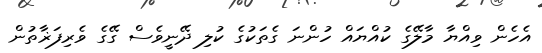
އެހެން ވިއްޔާ މާލޭގެ ކުއްޔައް ހުންނަ ގެތަކުގެ ކުލި ދޭނީވެސް ގޭގެ ވެރިފަޜާތުން